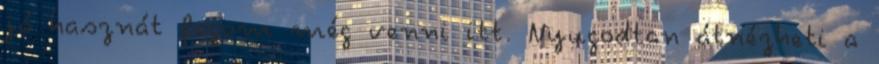
jó hasznát fogom még venni itt. Nyugodtan átnézheti a